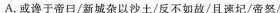
A.或谗于帝日/新城杂以沙土/反不如故/且速圮/帝怒/